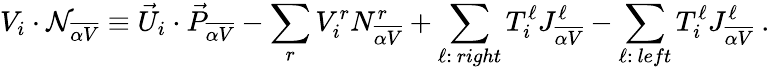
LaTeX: V_{i}\cdot{\cal N}_{\overline{{{\alpha V}}}}\equiv{\vec{U}}_{i}\cdot{\vec{P}}_{\overline{{{\alpha V}}}}-\sum_{r}V_{i}^{r}N_{\overline{{{\alpha V}}}}^{r}+\sum_{\ell:~right}T_{i}^{\ell}J_{\overline{{{\alpha V}}}}^{\ell}-\sum_{\ell:~left}T_{i}^{\ell}J_{\overline{{{\alpha V}}}}^{\ell}~.